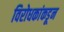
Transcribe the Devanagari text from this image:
विरोधकांकडून